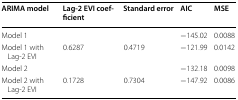
<table><thead><tr><td><b>ARIMA model</b></td><td><b>Lag-2 EVI coefficient</b></td><td><b>Standard error</b></td><td><b>AIC</b></td><td><b>MSE</b></td></tr></thead><tbody><tr><td>Model 1</td><td></td><td></td><td>−145.02</td><td>0.0088</td></tr><tr><td>Model 1 with Lag-2 EVI</td><td>0.6287</td><td>0.4719</td><td>−121.99</td><td>0.0142</td></tr><tr><td>Model 2</td><td></td><td></td><td>−132.18</td><td>0.0098</td></tr><tr><td>Model 2 with Lag-2 EVI</td><td>0.1728</td><td>0.7304</td><td>−147.92</td><td>0.0086</td></tr></tbody></table>